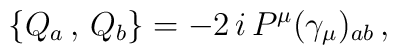
\{Q_{a}\,,\,Q_{b}\}=-2\,i\,P^{\mu }(\gamma _{\mu })_{ab}\,,